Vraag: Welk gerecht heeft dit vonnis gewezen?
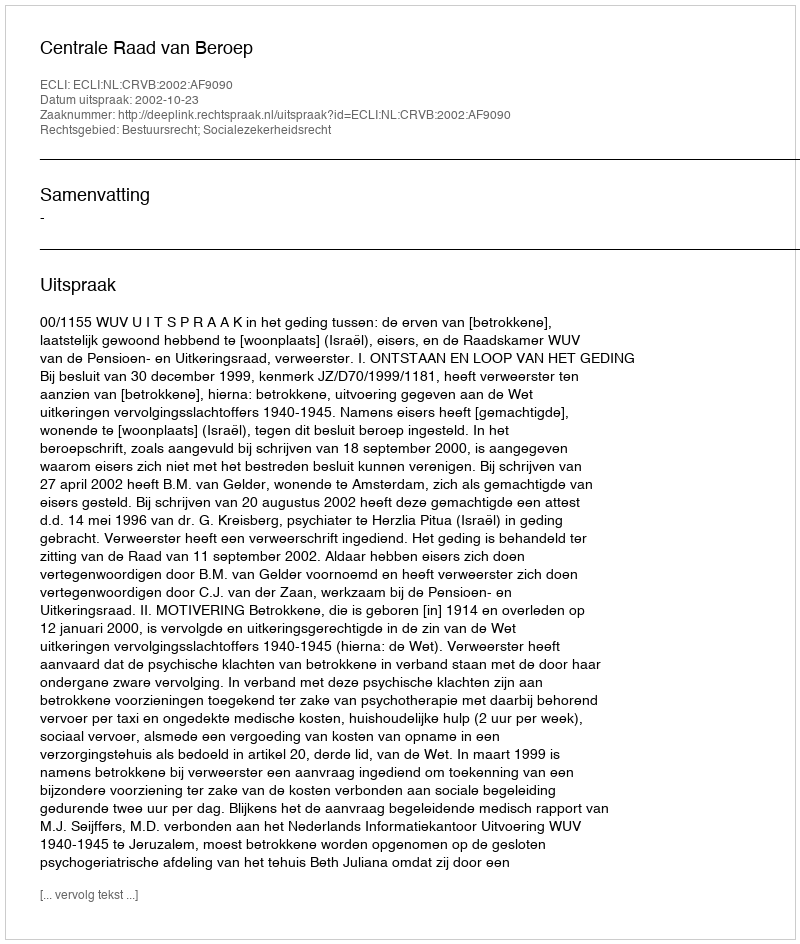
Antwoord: Centrale Raad van Beroep